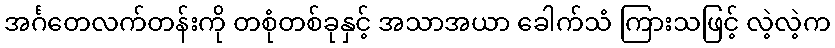
အင်္ဂတေလက်တန်းကို တစုံတစ်ခုနှင့် အသာအယာ ခေါက်သံ ကြားသဖြင့် လဲ့လဲ့က